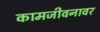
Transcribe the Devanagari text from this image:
कामजीवनावर